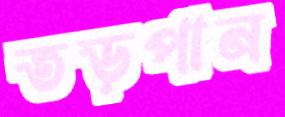
তড়পান